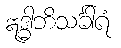
ဣဒ္ဓါဘိသင်္ခါရံ